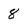
Character: 8